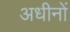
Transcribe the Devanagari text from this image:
अधीनों